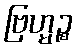
ဗြဟ္မဉ္စ